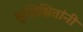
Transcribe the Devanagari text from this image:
सुशिक्षितांनी